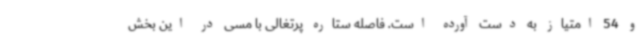
و 54 امتیاز به دست آورده است. فاصله ستاره پرتغالی با مسی در این بخش